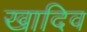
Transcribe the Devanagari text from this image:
खादिव